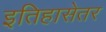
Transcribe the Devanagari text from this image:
इतिहासेतर